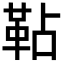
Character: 䩞